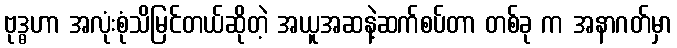
ဗုဒ္ဓဟာ အလုံးစုံသိမြင်တယ်ဆိုတဲ့ အယူအဆနဲ့ဆက်စပ်တာ တစ်ခု က အနာဂတ်မှာ